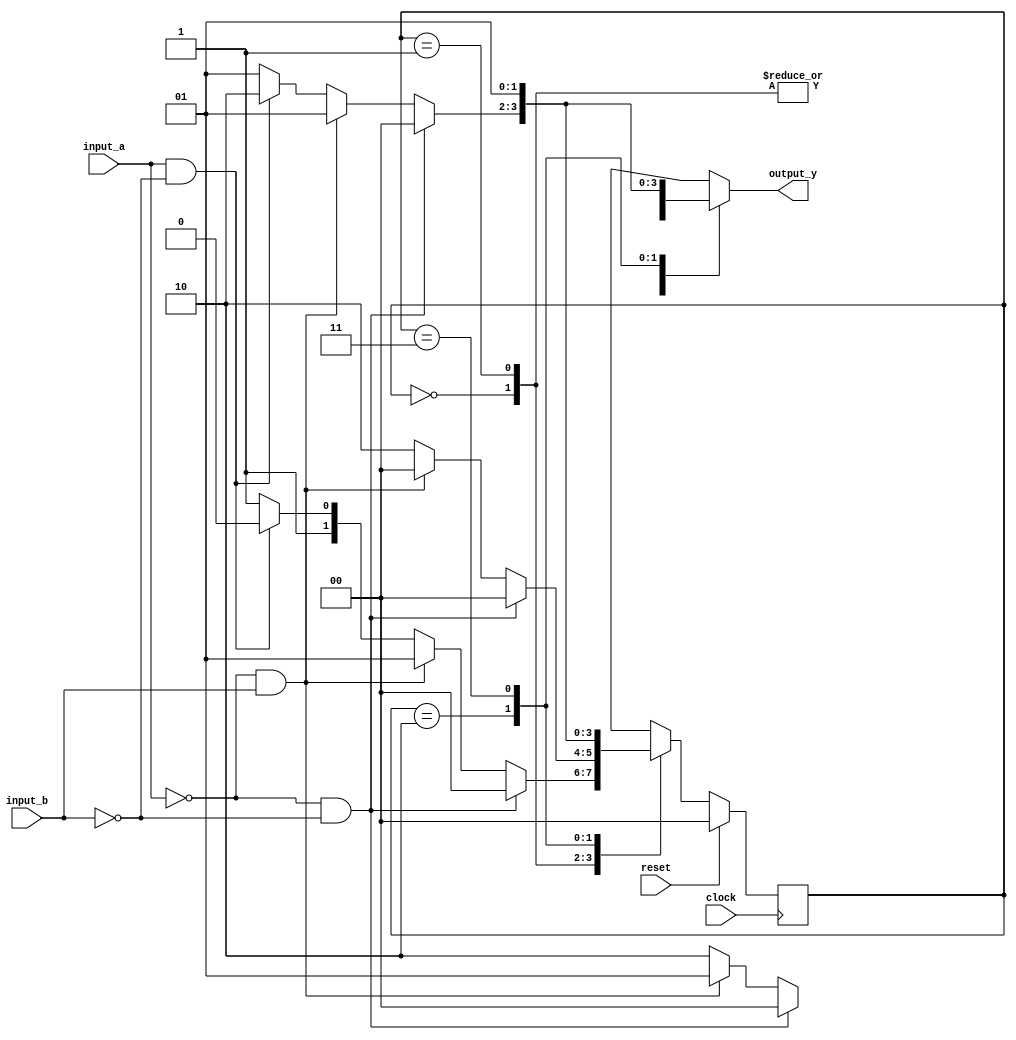
`timescale 1ns / 1ns

module analysis(output reg [1:0] output_y, input input_a, input input_b, input clock, input reset);

	reg [1:0] state, nextState;
	
	parameter output_00 = 2'b00, output_01 = 2'b01, output_10 = 2'b10, output_11 = 2'b11;
	parameter state_00 = 2'b00, state_01 = 2'b01, state_10 = 2'b10, state_11 = 2'b11;

	// Update State Registers
	always @(posedge clock) begin
		if (reset == 1)
			state <= state_00;
		else
			state <= nextState;
	end
	
	// Drive Combinational Logic
	always @(state, input_a, input_b) begin
	
		case(state)
			
			state_00: begin
			
				if (input_a == 0 && input_b == 0 ) begin
				
					nextState <= state_00;
					output_y <= output_00;
				
				end
				
				else if (input_a == 0 && input_b == 1 ) begin
					
					nextState <= state_01;
					output_y <= output_01;
				
				end
				
				else if (input_a == 1 && input_b == 0 ) begin
					
					nextState <= state_10;
					output_y <= output_10;
				
				end
				
				else begin
				
					nextState <= state_11;
					output_y <= output_10;
				
				end
				
			end			
			
			state_01: begin
			
				if (input_a == 0 && input_b == 0 ) begin
				
					nextState <= state_00;
					output_y <= output_00;
				
				end
				
				else if (input_a == 0 && input_b == 1 ) begin
				
					nextState <= state_00;
					output_y <= output_01;
				
				end
				
				else if (input_a == 1 && input_b == 0 ) begin
				
					nextState <= state_10;
					output_y <= output_10;
				
				end
				
				else begin
				
					nextState <= state_10;
					output_y <= output_10;
				
				end
				
			end
			
			state_10: begin
				
				if (input_a == 0 && input_b == 0 ) begin
					
					nextState <= state_00;
					output_y <= output_00;
					
				end
				
				else if (input_a == 0 && input_b == 1 ) begin
				
					nextState <= state_01;
					output_y <= output_01;
				
				end
				
				else if (input_a == 1 && input_b == 0 ) begin
				
					nextState <= state_10;
					output_y <= output_10;
				
				end
				
				else begin
				
					nextState <= state_01;
					output_y <= output_01;
				
				end
			end
			
			state_11: begin
			
				if (input_a == 0 && input_b == 0 ) begin
				
					nextState <= state_01;
					output_y <= output_01;
				
				end
				
				else if (input_a == 0 && input_b == 1 ) begin
				
					nextState <= state_01;
					output_y <= output_01;
				
				end
				
				else if (input_a == 1 && input_b == 0 ) begin
				
					nextState <= state_01;
					output_y <= output_01;
				
				end
				
				else begin
				
					nextState <= state_01;
					output_y <= output_01;
				
				end
			
			end
			
		endcase
	
	end
	

endmodule